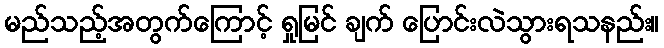
မည်သည့်အတွက်ကြောင့် ရှုမြင် ချက် ပြောင်းလဲသွားရသနည်း။